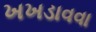
ખખડાવવા